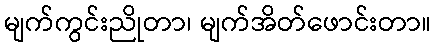
မျက်ကွင်းညိုတာ၊ မျက်အိတ်ဖောင်းတာ။